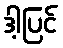
ဒါ့ပြင်